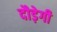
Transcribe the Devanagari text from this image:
दौड़ेगी